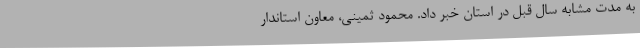
به مدت مشابه سال قبل در استان خبر داد. محمود ثمینی، معاون استاندار